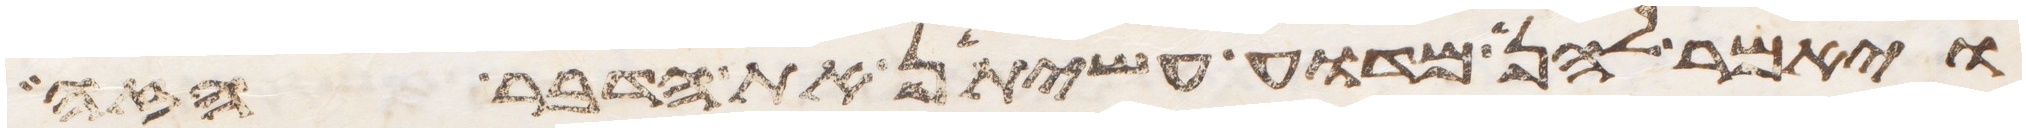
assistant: ויאמר להן מדוע עשיתן את הדבר הזה